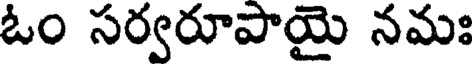
ఓం సర్వరూపాయై నమః